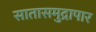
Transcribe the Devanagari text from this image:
सातासमुद्रापार